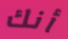
أنك